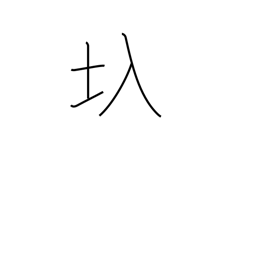
Meaning: floodgate